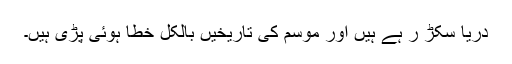
دریا سکڑ ر ہے ہیں اور موسم کی تاریخیں بالکل خطا ہوئی پڑی ہیں۔